Senior Leaving Certificate Examination (including Day School Certificate (Higher) General paper), 1950
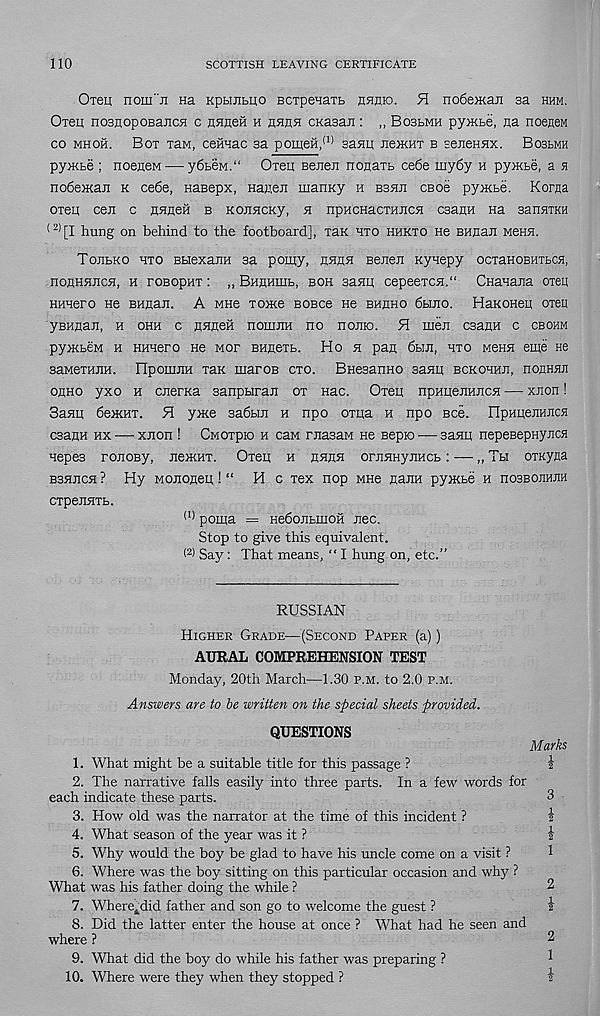
110
SCOTTISH LEAVING CERTIFICATE
Oxen nom"ji na Kpujimo BCTpenaTb hhhio. FI noOeiKan sa hhm.
Ot6h nosHopoBaiicH c HHnefi h rheh cKasaii: ,, Bosbmh pyiKbe, na noeneM
co mhoh. Bot Taw, ceHHac sa pomeH, (1) sanu; hoikht b seRensix. Boslmh
pyiKte ; noeneM — y6beM.“ OTeu Bene:! nonaTb ce6e my6y h py>Kbe, a h
noOemaji k ce6e, Hasepx, Hajj,eE manKy h bshji cboo pyiKbe. Korna
oxeu ceii c rhugh b KoiiHCKy, h npHcnacTHHCH csauit na sanniKH
(2) [I hung on behind to the footboard], Tax hto hhkto He BHHaJi M6hh.
ToiibKo hto BuexaEH sa pomy, hhah Bejieii xynepy ocTanoBHibCH,
nonHHJicH, h roBopHT i „ BHHHHib, boh saHH cepeeTCH.“ CHanaiia oieu
Hmero He BHRaii. A mhb TOixe bobcb He bhhho 6buio. HaKOHeu oxeu
yBHRaJi, h ohh c HHneii hohijih no hojiio. FI men csann c cbohm
py>KbeM h HHHero He mof BHcexb. Ho h pan 6bin, hto mchh eme ne
saMeranH. npomnH Tan maroB cto. BnesanHO sasm bckohhji, nonHun
onno yxo h cnerKa sanpbiran ot nac. Oxen npHiienMncn — xnon!
Sami 6e>KHT. FI ynce sadbin h npo oma h npo Bee. npHuemmcH
csanH hx — xnon ! Cmotpio h can rnasan ne Bepio — saHH nepeBepayncH
nepea ronoBy, ne>KHT. Oxeu h nnnn ornnHynncb: — „ Tbi OTKyna
Bsnncn ? Hy Mononen ! “ He xex nop wne nann pywbe h uosBomm
CTpennTb.
(I) poma = HedonbmoH nec.
Stop to give this equivalent.
< 2) Say: That means, “ I hung on, etc.”
RUSSIAN
Higher Grade—(Second Paper (a))
AURAL COMPREHENSION TEST
Monday, 20th March—1.30 p.m. to 2.0 km.
Answers are to be written on the special sheets provided.
QUESTIONS
Marks
1. What might be a suitable title for this passage ?
\
2. The narrative falls easily into three parts. In a few words for
each indicate these parts.
3
3. How old was the narrator at the time of this incident ?
I
4. What season of the year was it ?
\
5. Why would the boy be glad to have his uncle come on a visit ?
1
6. Where was the boy sitting on this particular occasion and why ?
What was his father doing the while ?
2
7. Where i did father and son go to welcome the guest ?
i
8. Did the latter enter the house at once ? What had he seen and
where ?
2
9. What did the boy do while his father was preparing ?
*
10. Where were they when they stopped ?
a